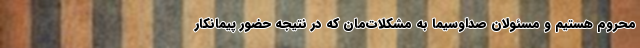
محروم هستیم و مسئولان صداوسیما به مشکلات‌مان که در نتیجه حضور پیمانکار